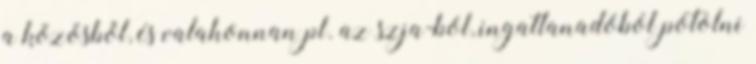
a közösből, és valahonnan pl. az szja-ból, ingatlanadóból pótolni